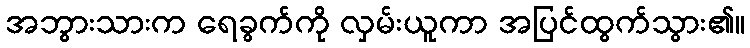
အဘွားသားက ရေခွက်ကို လှမ်းယူကာ အပြင်ထွက်သွား၏။